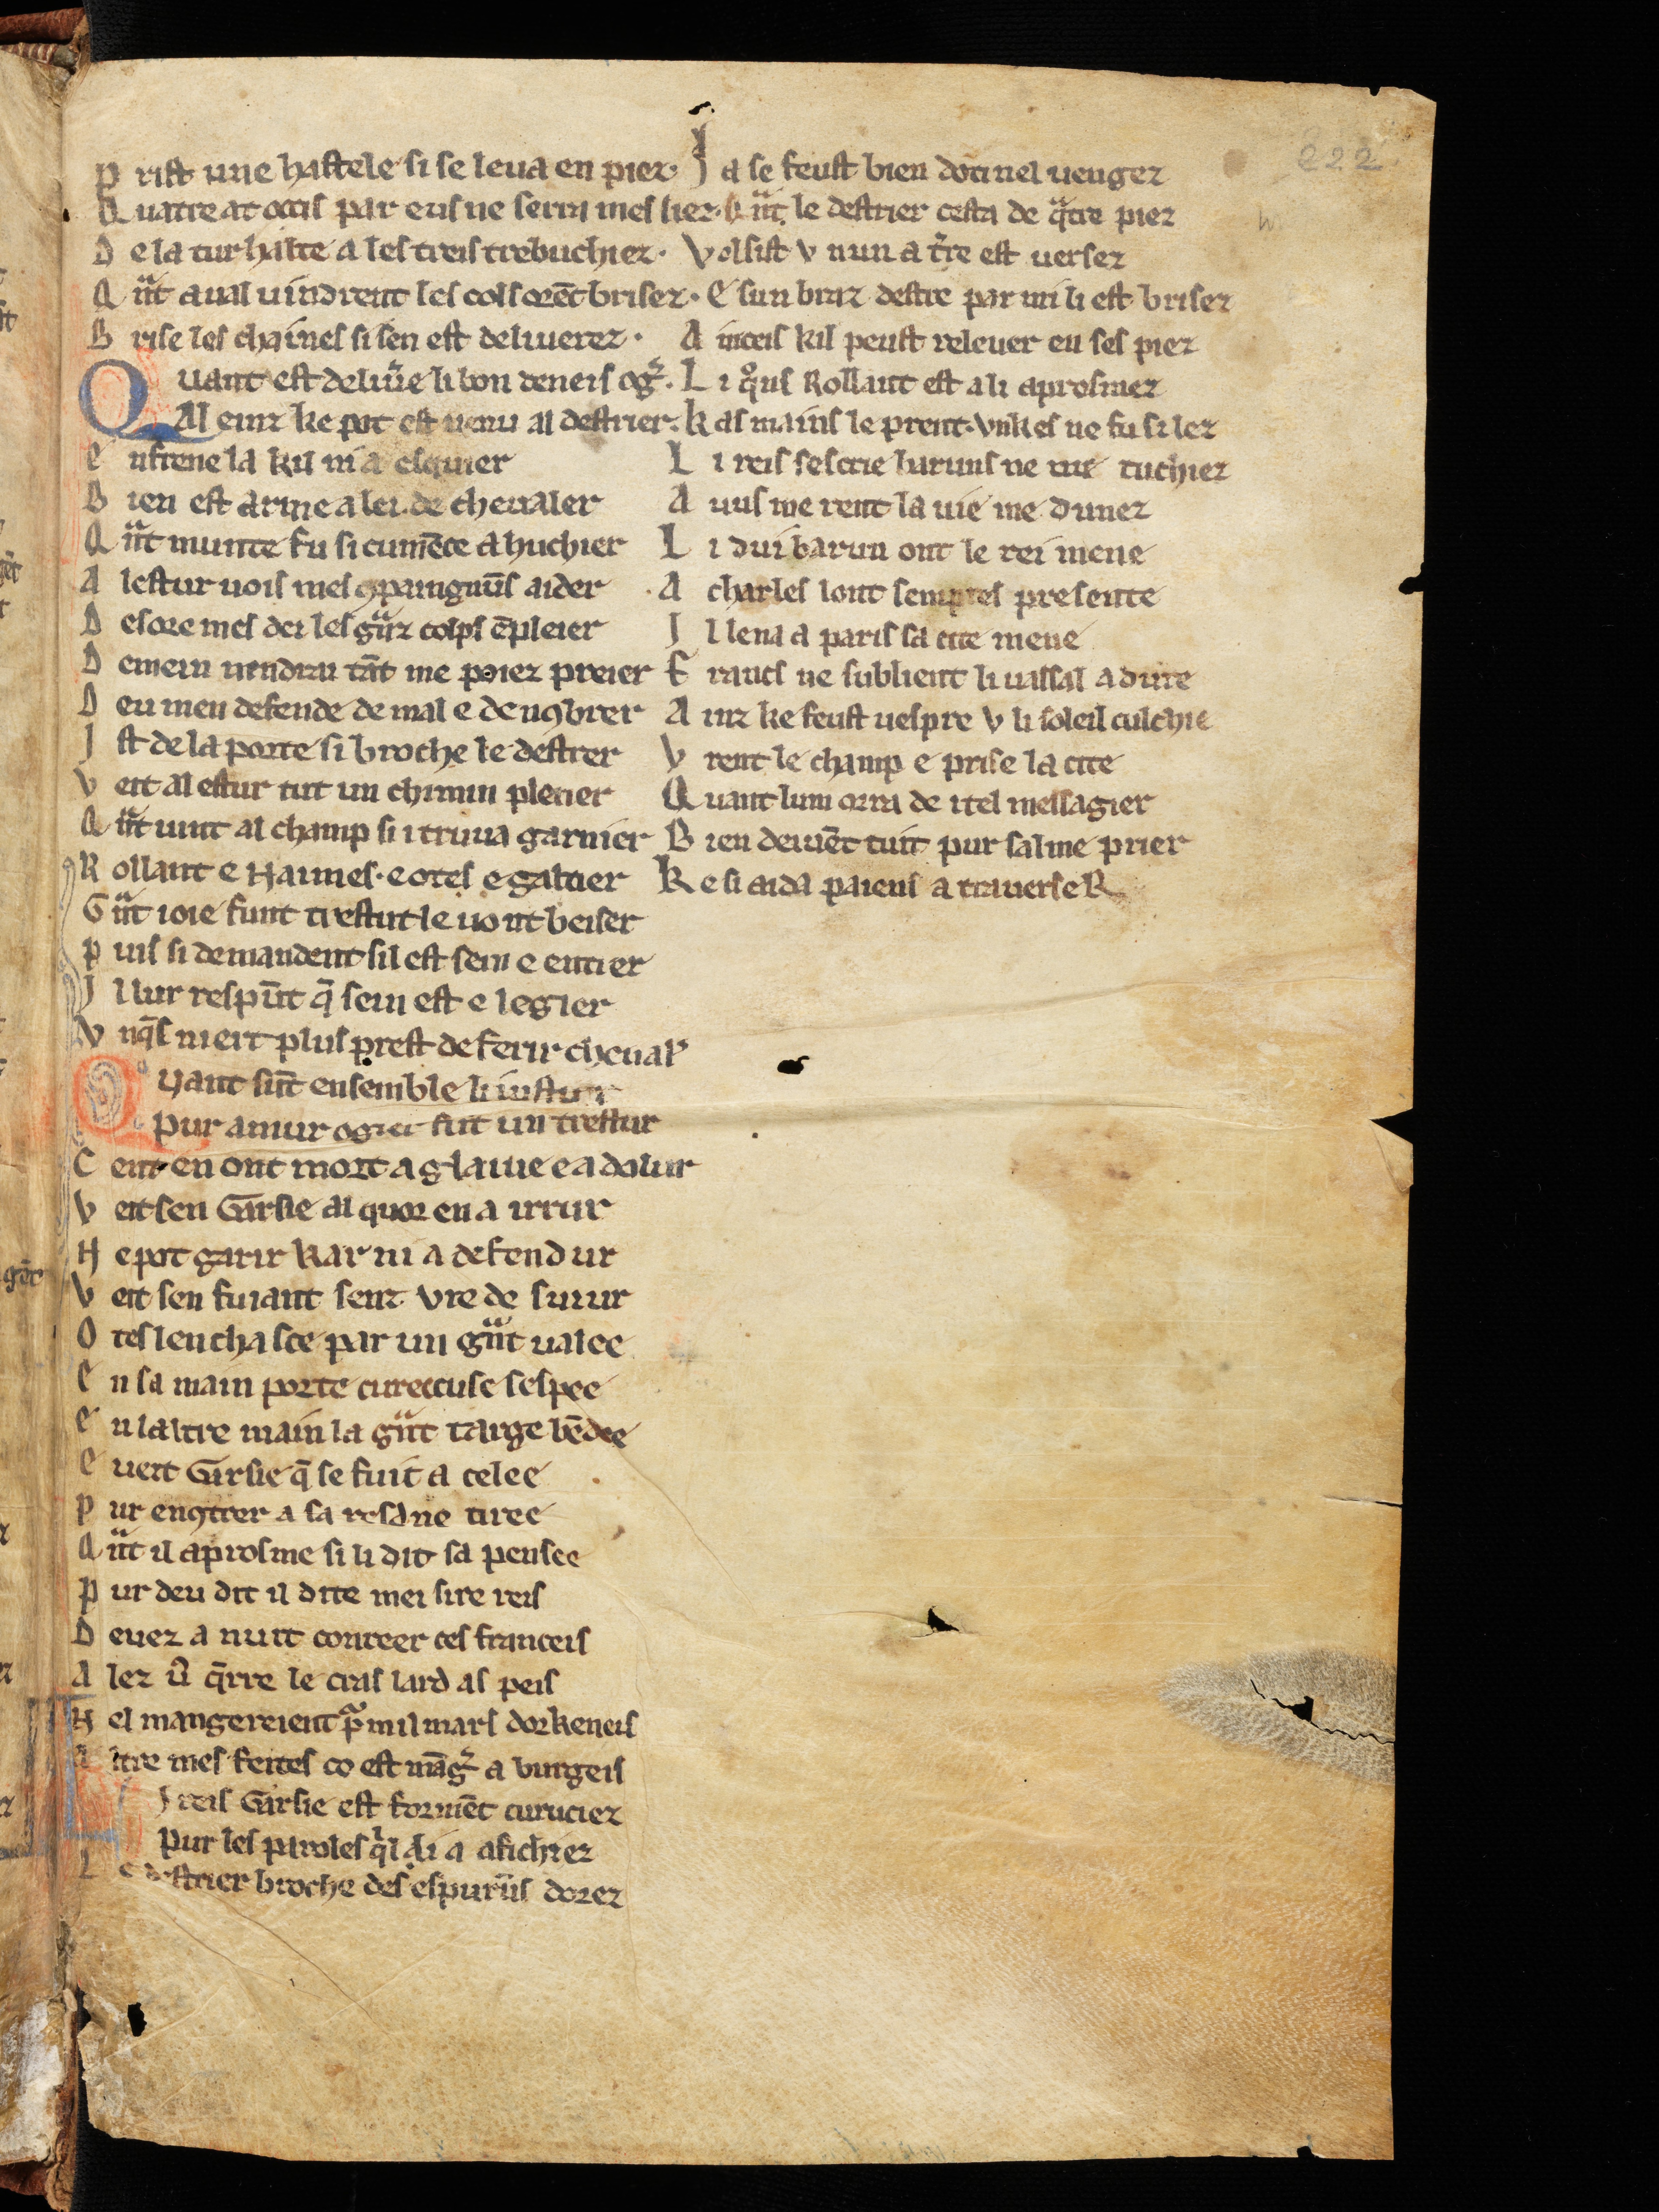
Shelfmark: Cologne, Bodmer, 168
Century: 13